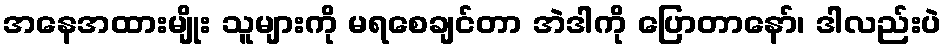
အနေအထားမျိုး သူများကို မရစေချင်တာ အဲဒါကို ပြောတာနော်၊ ဒါလည်းပဲ